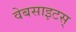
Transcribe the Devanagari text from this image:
वेबसाइटस्